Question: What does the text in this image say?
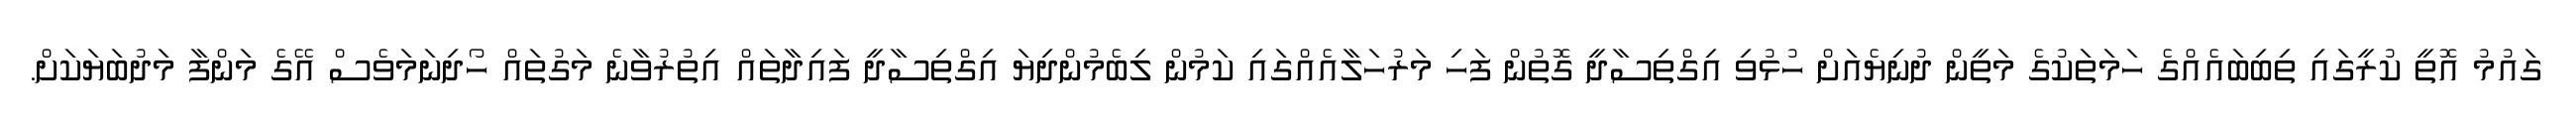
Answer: ގައުމު އޮތީ ކުރީގައި ތިބިބައެއްގެ ހަމަތަކުގެ މަތީން ދުނިޔެއަށް ހުޅުވި އިގްތިސާދީ ގޮތުން ފަހި މަރުހަލާއެއްގައި ކަމުން ލިބެމުންދިޔަ އިގްތިސާދީ ފައިދާތައް އިތުރުވާނެ މަގުތައް ހޯދިނަމަވެސް އޭގެ މަންފާ މަދުބަޔަކަށް.